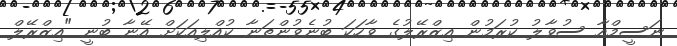
ނަސީމްއާ ސުވާލު ކުރަމުން އިޒްރޭލުގެ ވާހަކަ ބުނެވުންތަނާ ކުއްލިއަކަށް އޭނާ ބުނީ "އިޒްރޭލް